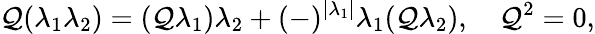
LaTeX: \mathcal{Q}(\lambda_{1}\lambda_{2})=(\mathcal{Q}\lambda_{1})\lambda_{2}+(-)^{|\lambda_{1}|}\lambda_{1}(\mathcal{Q}\lambda_{2}),\quad\mathcal{Q}^{2}=0,